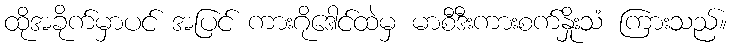
ထိုအခိုက်မှာပင် အပြင် ကားဂိုဒေါင်ထဲမှ မာစီဒီးကားစက်နှိုးသံ ကြားသည်။